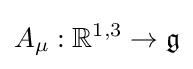
A_{\mu }:\mathbb {R} ^{1,3}\rightarrow {\mathfrak {g}}